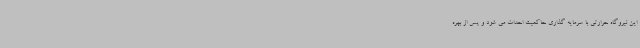
این نیروگاه حرارتی با سرمایه گذاری حاکمیت احداث می شود و پس از بهره